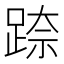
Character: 𮛢